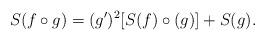
LaTeX: \begin{align*} S(f\circ g) = (g')^2[S(f)\circ(g)]+S(g).\end{align*}